Annual administration report of the Civil Veterinary Department of India - 1896-1897
Year: 1896
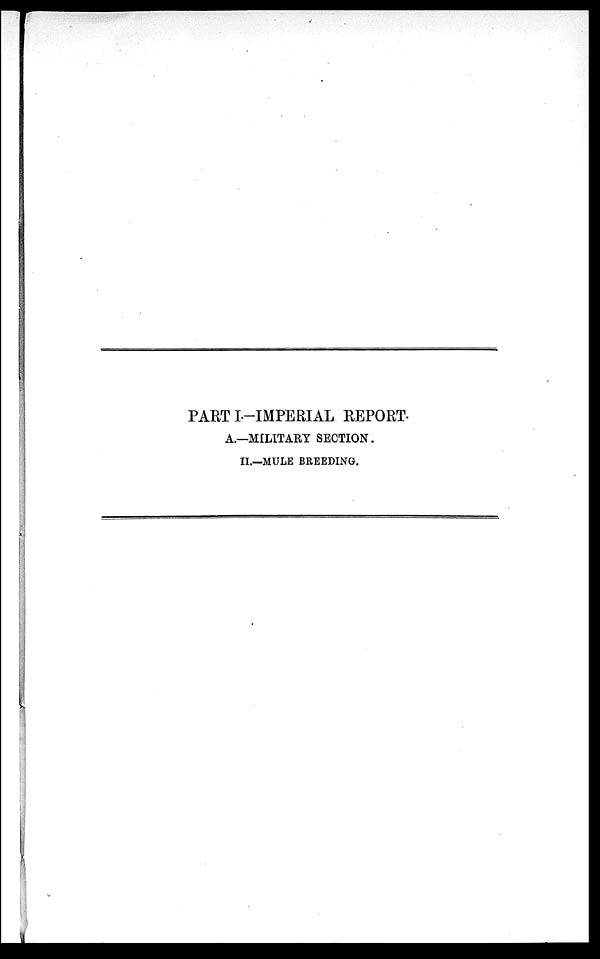
PART I.-IMPERIAL REPORT.
A.—MILITARY SECTION.
II.—MULE BREEDING.